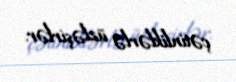
çətinliklərlə üzləşirlər.